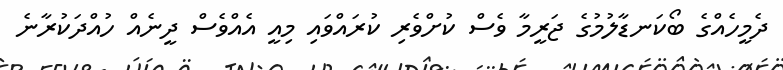
ދެމީހެއްގެ ބޯކަނޑާލުމުގެ ޖަރީމާ ވެސް ކުށްވެރި ކުރައްވައި މިއީ އެއްވެސް ދީނެއް ހުއްދަކުރާނެ